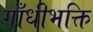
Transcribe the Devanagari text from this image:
गाँधीभक्ति